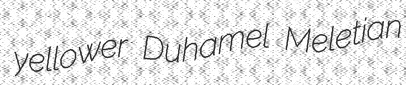
yellower Duhamel Meletian